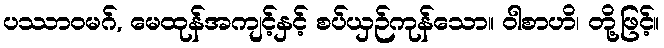
ပဿာဝမဂ်, မေထုန်အကျင့်နှင့် စပ်ယှဉ်ကုန်သော။ ဝါစာဟိ၊ တို့ဖြင့်။